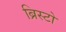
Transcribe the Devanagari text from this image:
ब्रिस्टो